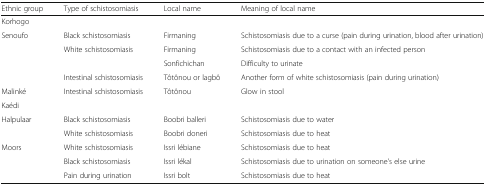
| Ethnic group | Type of schistosomiasis | Local name | Meaning of local name |
 | --- | --- | --- | --- |
 | <COLSPAN=4> Korhogo |
 | <ROWSPAN=4> Senoufo | Black schistosomiasis | Firmaning | Schistosomiasis due to a curse (pain during urination, blood after urination) |
 | White schistosomiasis | Firmaning | Schistosomiasis due to a contact with an infected person |
 |  | Sonfichichan | Difficulty to urinate |
 | Intestinal schistosomiasis | Tôtônou or lagbô | Another form of white schistosomiasis (pain during urination) |
 | Malinké | Intestinal schistosomiasis | Tôtônou | Glow in stool |
 | <COLSPAN=4> Kaédi |
 | <ROWSPAN=2> Halpulaar | Black schistosomiasis | Boobri balleri | Schistosomiasis due to water |
 | White schistosomiasis | Boobri doneri | Schistosomiasis due to heat |
 | <ROWSPAN=3> Moors | White schistosomiasis | Issri lébiane | Schistosomiasis due to heat |
 | Black schistosomiasis | Issri lékal | Schistosomiasis due to urination on someone’s else urine |
 | Pain during urination | Issri bolt | Schistosomiasis due to heat |